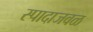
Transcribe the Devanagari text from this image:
स्पादाजवळ